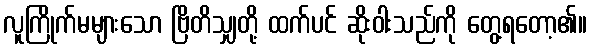
လူကြိုက်မများသော ဗြိတိသျှတို့ ထက်ပင် ဆိုးဝါးသည်ကို တွေ့ရတော့၏။